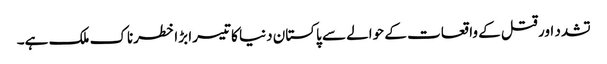
تشدد اور قتل کے واقعات کے حوالے سے پاکستان دنیا کا تیسرا بڑا خطرناک ملک ہے۔